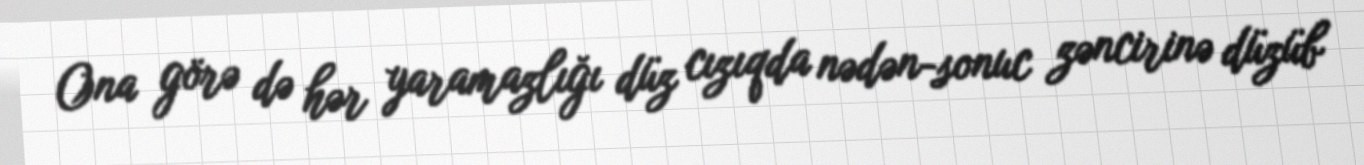
Ona görə də hər yaramazlığı düz cızıqda nədən-sonuc zəncirinə düzüb